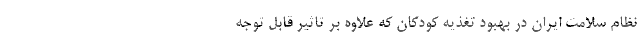
نظام سلامت ایران در بهبود تغذیه کودکان که علاوه بر تاثیر قابل توجه